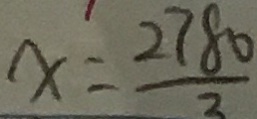
x = \frac { 2 7 8 0 } { 2 }